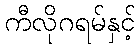
ကီလိုဂရမ်နှင့်